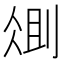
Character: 𫦆